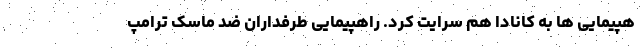
هپیمایی ها به کانادا هم سرایت کرد. راهپیمایی طرفداران ضد ماسک ترامپ